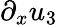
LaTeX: \partial_{x}{u_{3}}